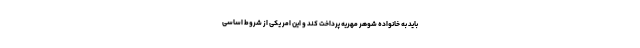
باید به خانواده شوهر مهریه پرداخت کند و این امر یکی از شروط اساسی